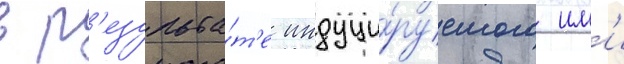
в р'езульта́т'е индуци́руемого им'и